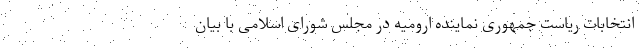
انتخابات ریاست جمهوری نماینده ارومیه در مجلس شورای اسلامی با بیان